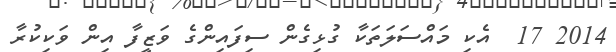
2014 17  އެކި މައްސަލަތަކާ ގުޅިގެން ސިފައިންގެ ވަޒީފާ އިން ވަކިކުރާ